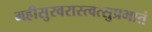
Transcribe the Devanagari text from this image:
महीसुरवरास्त्वत्सुप्रभातं